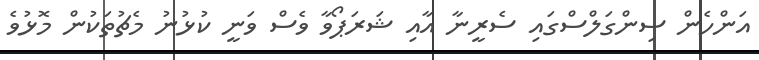
އަންހެން ސިންގަލްސްގައި ސެރީނާ އާއި ޝަރަޕޯވާ ވެސް ވަނީ ކުޅުނު މެޗުތަކުން މޮޅުވެ